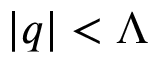
| q | < \Lambda